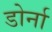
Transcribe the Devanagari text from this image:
डोर्ना